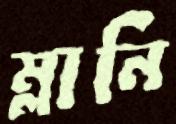
ম্লানি